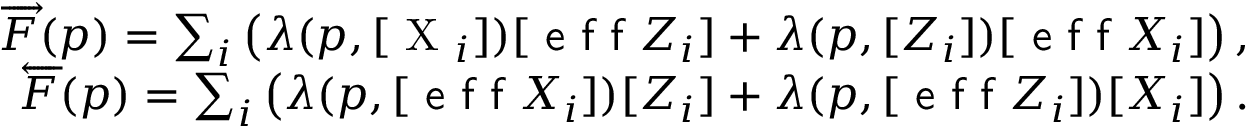
\begin{array} { r } { \overrightarrow { F } ( p ) = \sum _ { i } \left( \lambda ( p , [ \mathrm { ~ X ~ } _ { i } ] ) [ \textsf { e f f } Z _ { i } ] + \lambda ( p , [ Z _ { i } ] ) [ \textsf { e f f } X _ { i } ] \right) , } \\ { \overleftarrow { F } ( p ) = \sum _ { i } \left( \lambda ( p , [ \textsf { e f f } X _ { i } ] ) [ Z _ { i } ] + \lambda ( p , [ \textsf { e f f } Z _ { i } ] ) [ X _ { i } ] \right) . } \end{array}